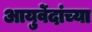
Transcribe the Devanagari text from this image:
आयुर्वेदांच्या